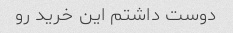
دوست داشتم این خرید رو